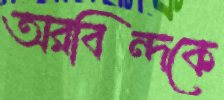
অরবিন্দকে